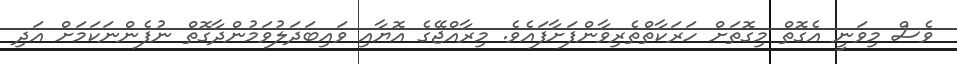
ވެސް މިވަނީ އެގޮތް މިގޮތަށް ހަރަކާތްތެރިވާންފަށާފައެވެ. މިރާއްޖޭގެ އޮޔާއި ވައިބަދަލުވަމުންދާގޮތް ނުފެންނަކަމަށް އަދި